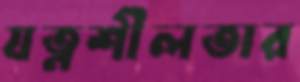
যত্নশীলতার